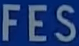
FES